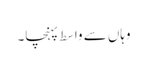
وہاں سے واسط پہنچا۔